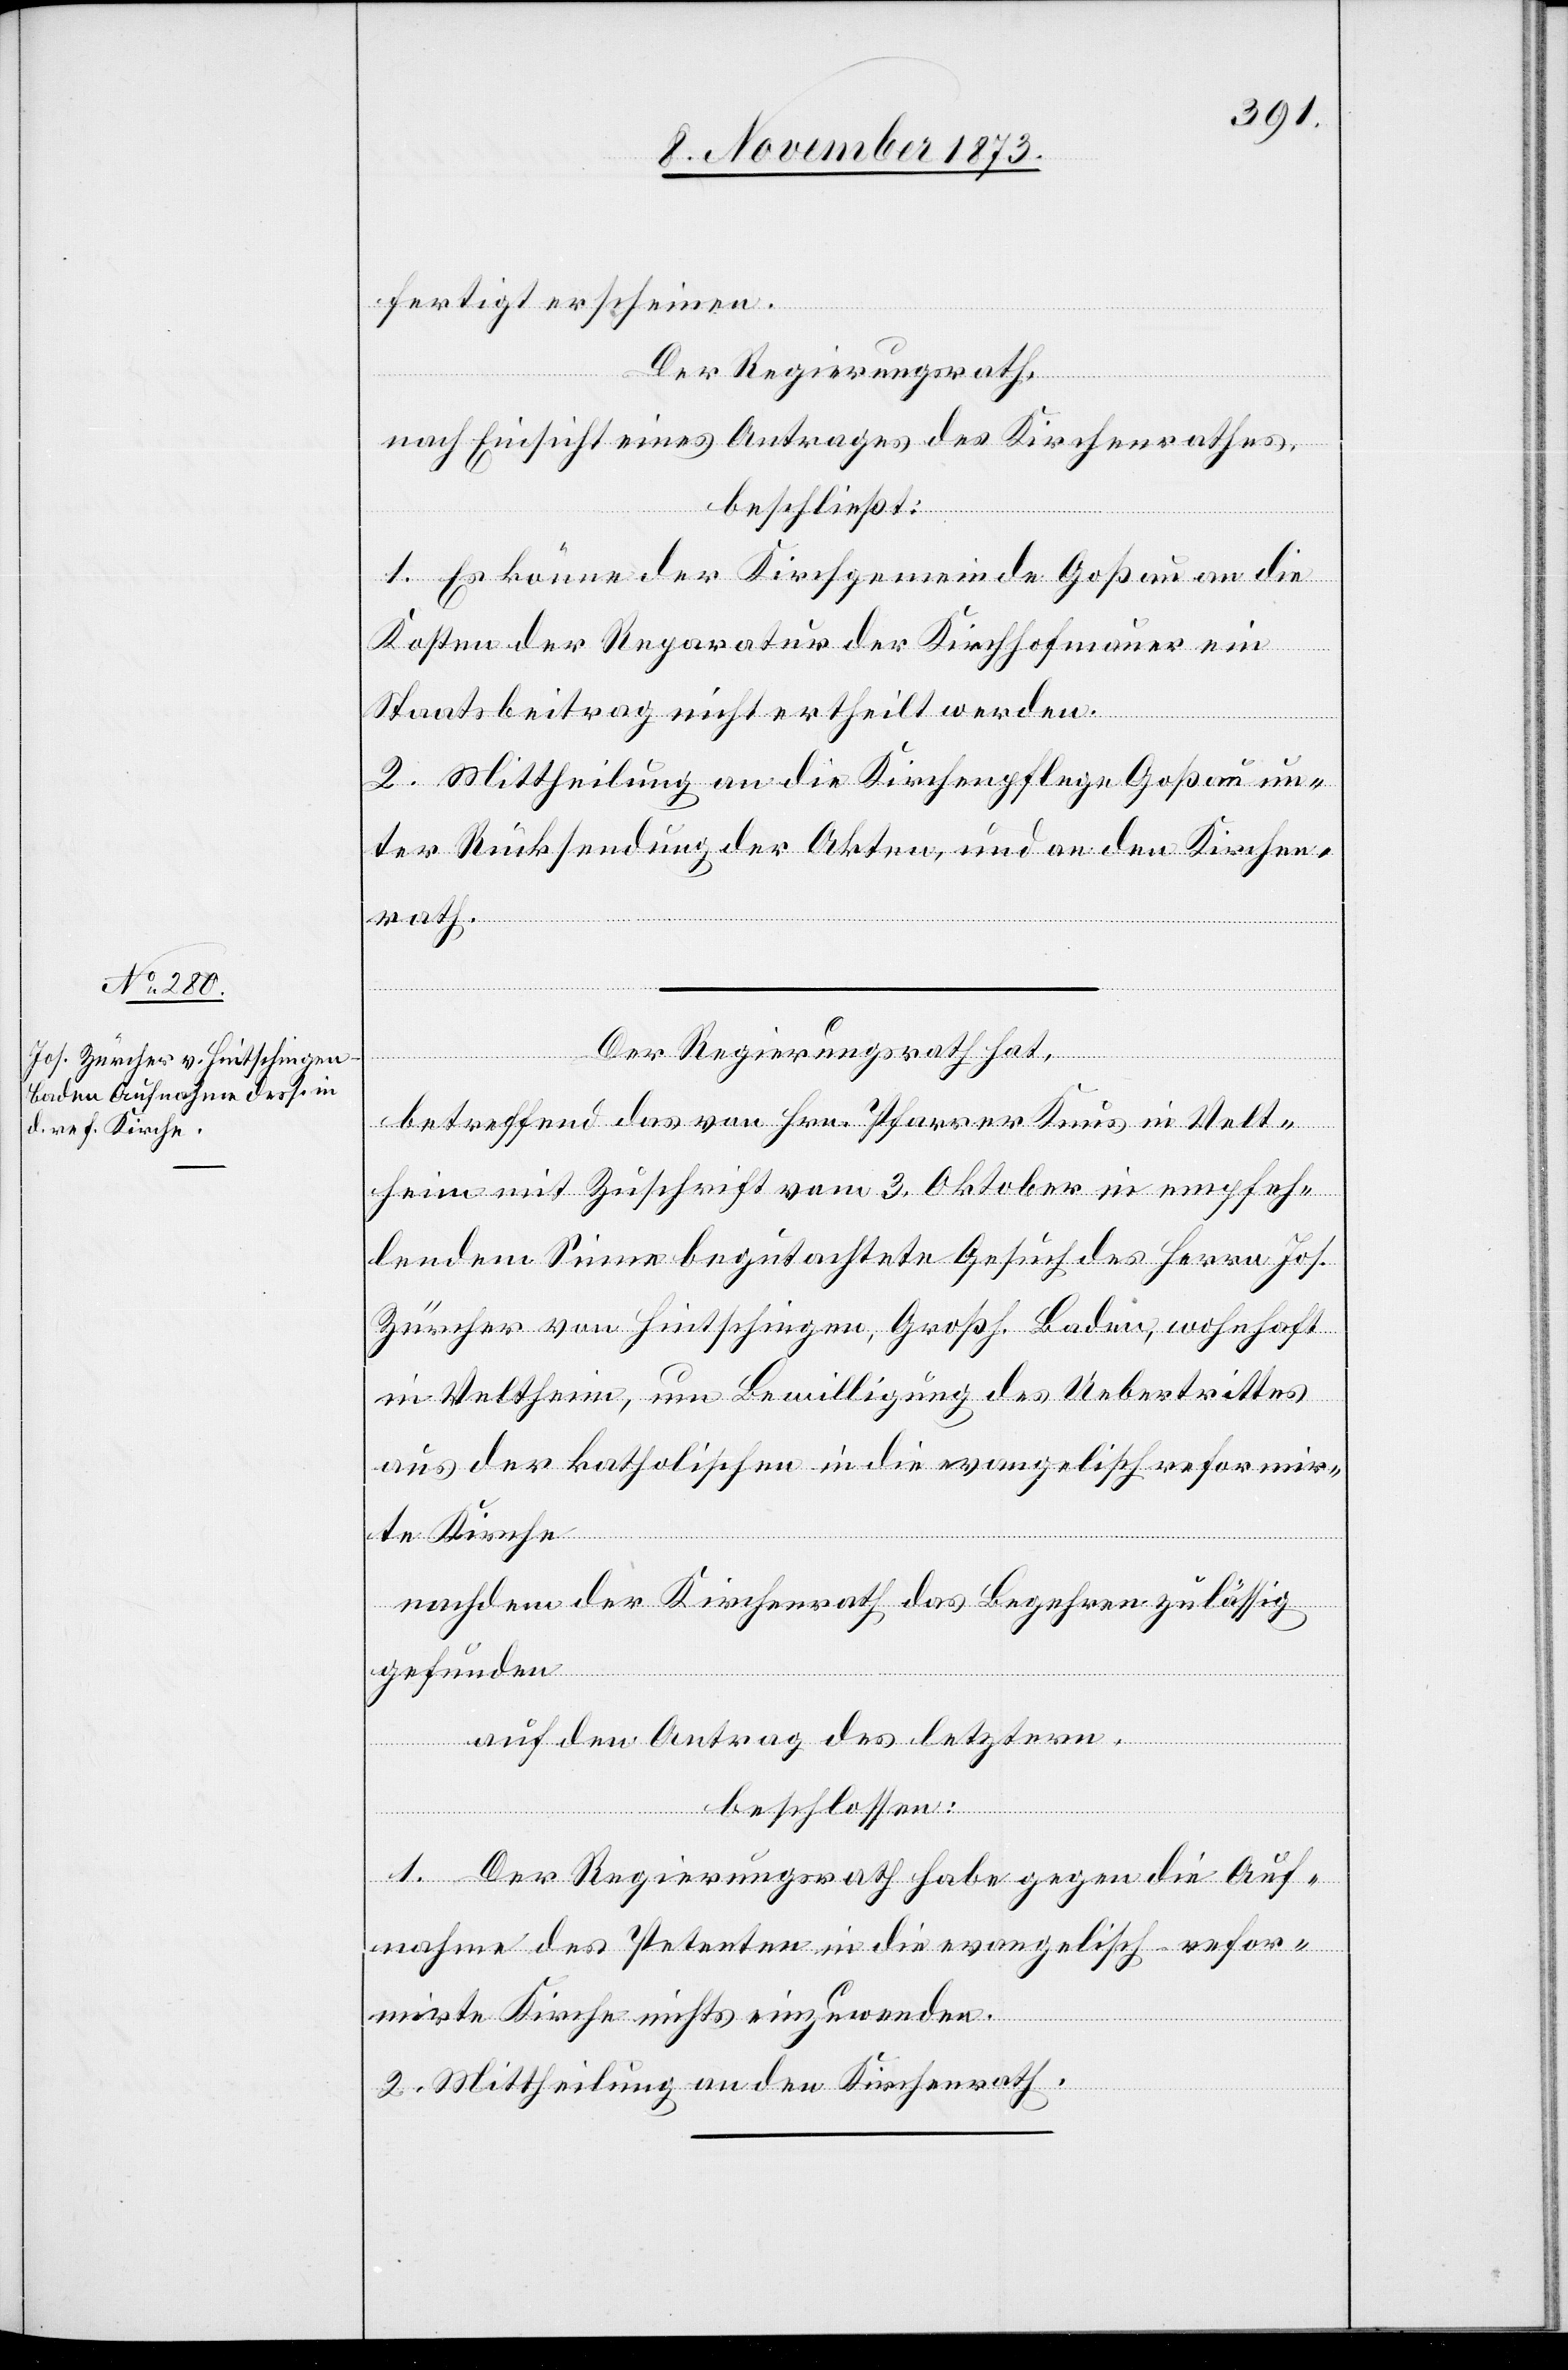
fertigt erscheinen.
Der Regierungsrath,
nach Einsicht eines Antrages des Kirchenrathes,
beschließt:
1. Es könne der Kirchgemeinde Goßau an die
Kosten der Reparatur der Kirchhofmauer ein
Staatsbeitrag nicht ertheilt werden.
2. Mittheilung an die Kirchenpflege Goßau un¬
ter Rücksendung der Akten, und an den Kirchen¬
rath.
Der Regierungsrath hat,
betreffend das von Hrn. Pfarrer Knus in Velt¬
heim mit Zuschrift vom 3. Oktober in empfeh¬
lendem Sinne begutachtete Gesuch des Herrn Jos.
Zürcher von Hintschingen, Großh. Baden, wohnhaft
in Veltheim, um Bewilligung des Uebertrittes
aus der katholischen in die evangelisch reformir¬
te Kirche
nachdem der Kirchenrath das Begehren zulässig
gefunden
auf den Antrag des letztern,
beschlossen:
1. Der Regierungsrath habe gegen die Auf¬
nahme des Petenten in die evangelisch-refor¬
mirte Kirche nichts einzuwenden.
2. Mittheilung an den Kirchenrath.